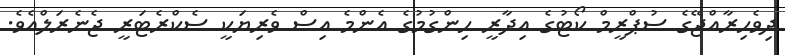
ދިވެހިރާއްޖޭގެ ސުޕްރީމް ކޯޓުގެ އިދާރީ ހިންގުމުގެ އެންމެ އިސް ވެރިޔަކީ ސެކްރެޓަރީ ޖެނެރަލްއެވެ.